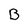
Character: B